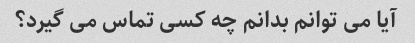
آیا می توانم بدانم چه کسی تماس می گیرد؟